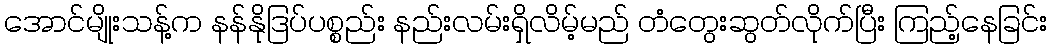
အောင်မျိုးသန့်က နန်နိုဒြပ်ပစ္စည်း နည်းလမ်းရှိလိမ့်မည် တံတွေးဆွတ်လိုက်ပြီး ကြည့်နေခြင်း